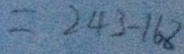
= 2 4 3 - 1 6 8